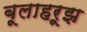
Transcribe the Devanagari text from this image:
बूलाहरूझ